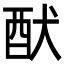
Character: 䣭